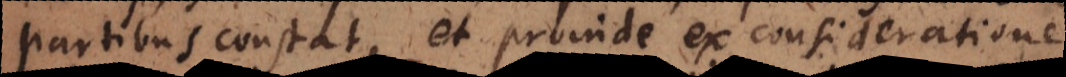
partibus constat, et proinde ex consideratione